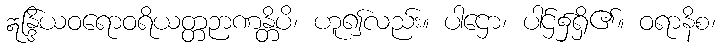
ဣန္ဒြိယဝရောဝရိယတ္တဉာဏန္တိပိ၊ ဟူ၍လည်း။ ပါဌော၊ ပါဌ်၌ရှိ၏။ ဝရာနိစ၊